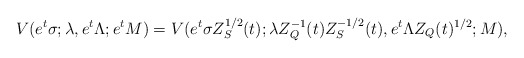
\begin{align*}V(e^t \sigma; \lambda, e^t \Lambda; e^t M) = V(e^t \sigma Z_S^{1/2}(t); \lambda Z_Q^{-1}(t) Z_S^{-1/2}(t), e^t \Lambda Z_Q(t)^{1/2}; M),\end{align*}